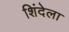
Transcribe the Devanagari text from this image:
शिंदेला